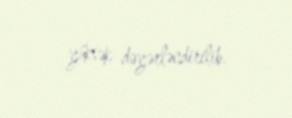
yüksək dəyərləndirilib.